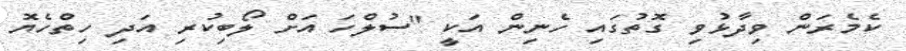
ކެމެރަން ވިދާޅުވި ގޮތުގައި ހެނިން އަކީ "ސުލްހަ އަށް ލޯބިކުރި އަދި ހިތްހެޔޮ